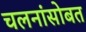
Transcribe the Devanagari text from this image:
चलनांसोबत